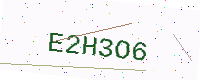
Text: E2H3O6